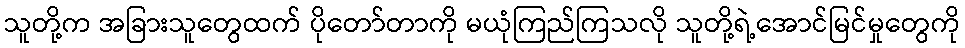
သူတို့က အခြားသူတွေထက် ပိုတော်တာကို မယုံကြည်ကြသလို သူတို့ရဲ့အောင်မြင်မှုတွေကို